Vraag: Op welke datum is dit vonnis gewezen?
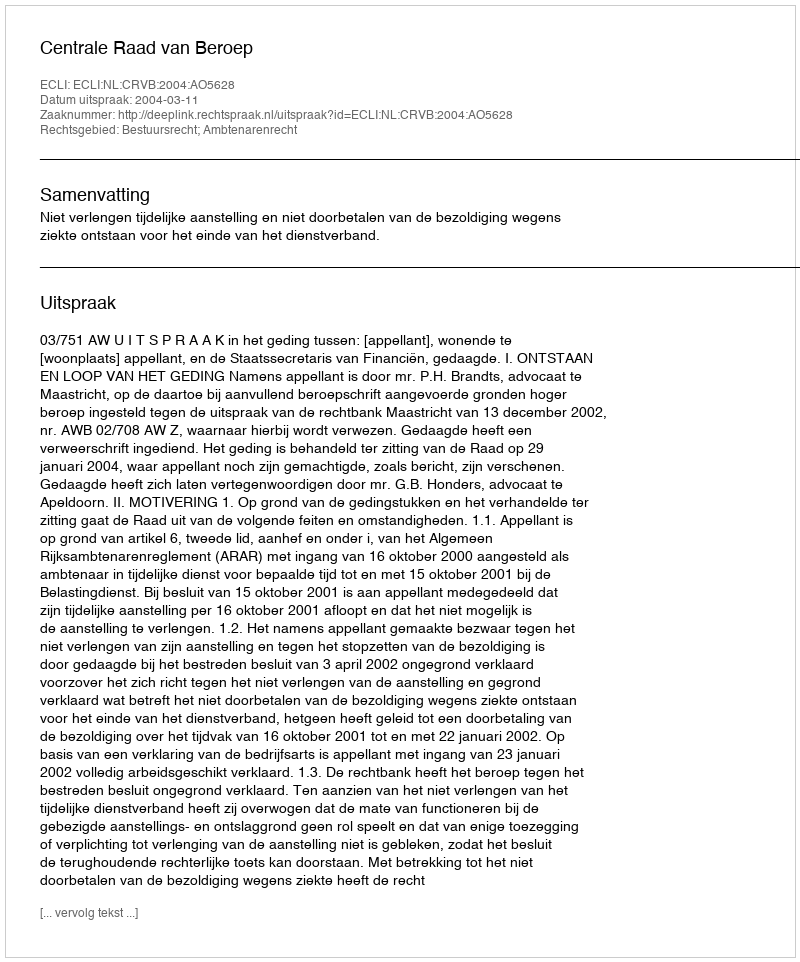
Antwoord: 2004-03-11